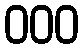
000